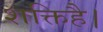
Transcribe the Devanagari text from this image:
शक्तिहै।